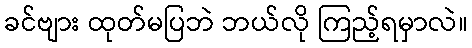
ခင်ဗျား ထုတ်မပြဘဲ ဘယ်လို ကြည့်ရမှာလဲ။